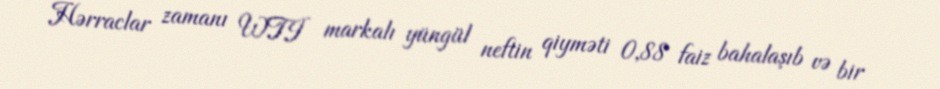
Hərraclar zamanı WTI markalı yüngül neftin qiyməti 0,88 faiz bahalaşıb və bir